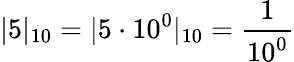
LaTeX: |5|_{10}=|5\cdot 10^{0}|_{10}={\frac{1}{10^{0}}}